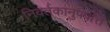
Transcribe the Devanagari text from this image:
निवर्तकानुपपत्ति